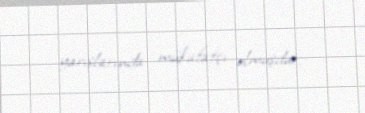
yarışlarında mükafatçı olmuşdur.